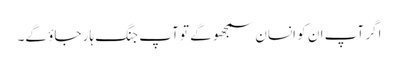
اگر آپ ان کو انسان سمجھو گے تو آپ جنگ ہار جاؤ گے۔